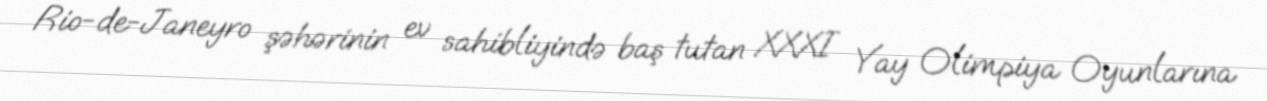
Rio-de-Janeyro şəhərinin ev sahibliyində baş tutan XXXI Yay Olimpiya Oyunlarına